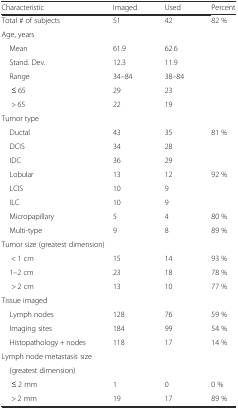
| Characteristic | Imaged | Used | Percent |
 | --- | --- | --- | --- |
 | Total # of subjects | 51 | 42 | 82 % |
 | <COLSPAN=4> Age, years |
 | Mean | 61.9 | 62.6 |  |
 | Stand. Dev. | 12.3 | 11.9 |  |
 | Range | 34–84 | 38–84 |  |
 | ≤ 65 | 29 | 23 |  |
 | > 65 | 22 | 19 |  |
 | <COLSPAN=4> Tumor type |
 | Ductal | 43 | 35 | 81 % |
 | DCIS | 34 | 28 |  |
 | IDC | 36 | 29 |  |
 | Lobular | 13 | 12 | 92 % |
 | LCIS | 10 | 9 |  |
 | ILC | 10 | 9 |  |
 | Micropapillary | 5 | 4 | 80 % |
 | Multi-type | 9 | 8 | 89 % |
 | <COLSPAN=4> Tumor size (greatest dimension) |
 | < 1 cm | 15 | 14 | 93 % |
 | 1–2 cm | 23 | 18 | 78 % |
 | > 2 cm | 13 | 10 | 77 % |
 | <COLSPAN=4> Tissue imaged |
 | Lymph nodes | 128 | 76 | 59 % |
 | Imaging sites | 184 | 99 | 54 % |
 | Histopathology + nodes | 118 | 17 | 14 % |
 | <COLSPAN=4> Lymph node metastasis size |
 | <COLSPAN=4> (greatest dimension) |
 | ≤ 2 mm | 1 | 0 | 0 % |
 | > 2 mm | 19 | 17 | 89 % |